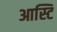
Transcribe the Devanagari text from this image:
आस्टि